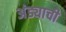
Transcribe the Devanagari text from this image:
अंड्याची